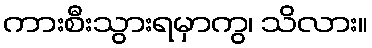
ကားစီးသွားရမှာကွ၊ သိလား။